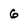
Character: 6